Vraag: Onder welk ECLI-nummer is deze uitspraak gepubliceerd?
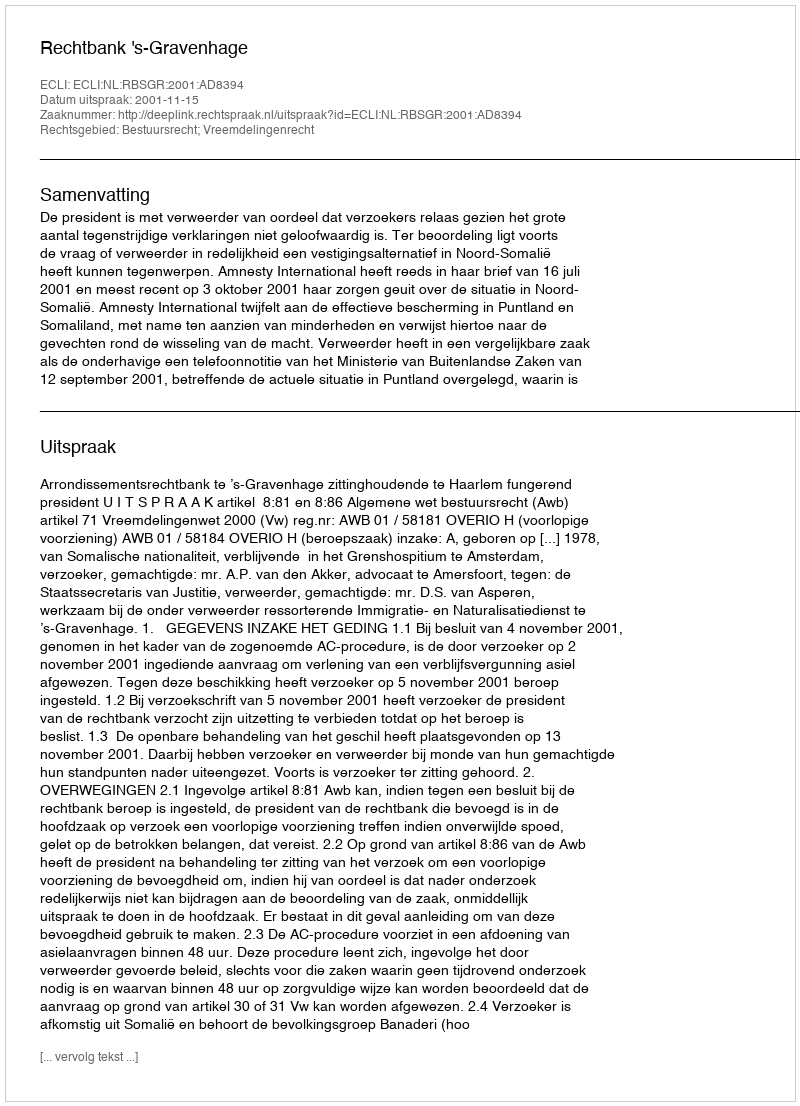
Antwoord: ECLI:NL:RBSGR:2001:AD8394